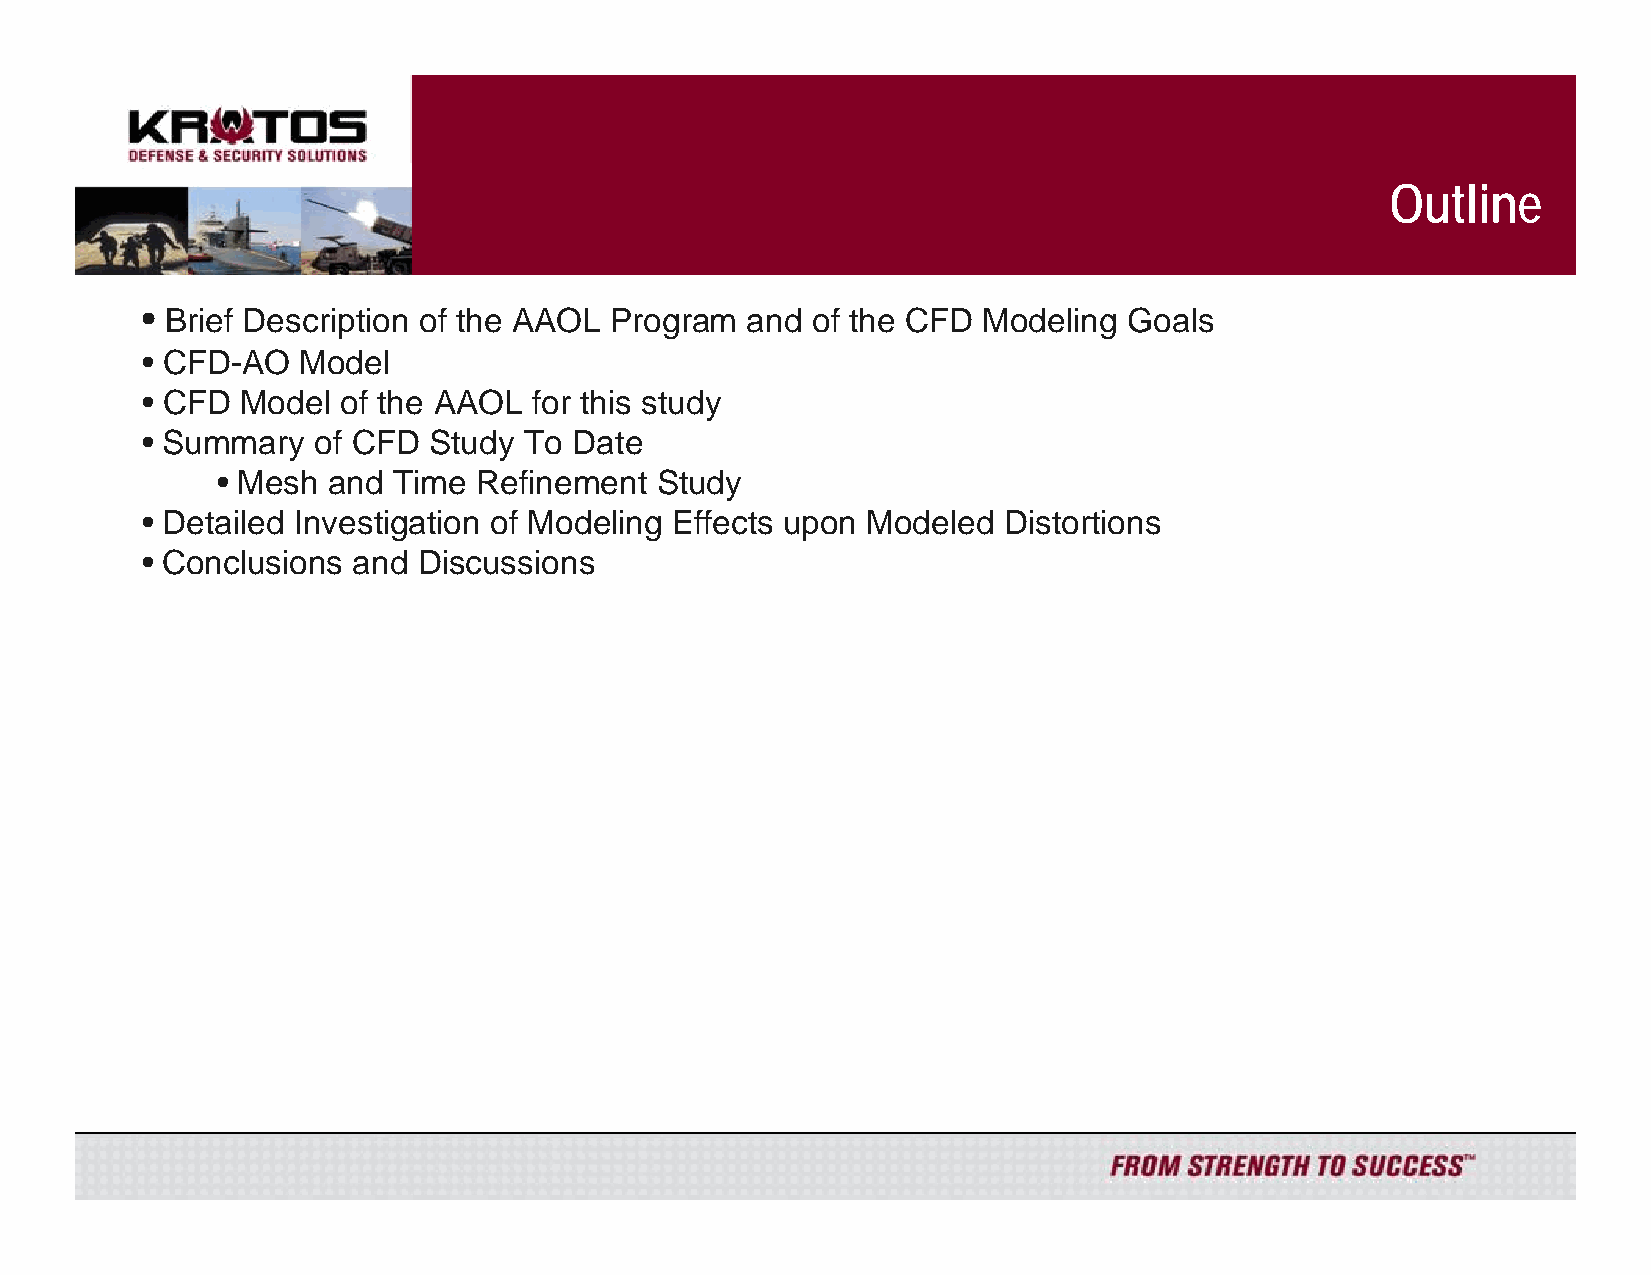
Outline
 • Brief Description of the AAOL Program and  of the CFD Modeling  Goals
 • CFD-AO   Model
 • CFD  Model  of the AAOL for this study
 • Summary   of CFD Study  To Date
 • Mesh  and Time  Refinement Study
 • Detailed Investigation of Modeling Effects upon Modeled Distortions
 • Conclusions and  Discussions